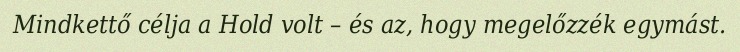
Mindkettő célja a Hold volt – és az, hogy megelőzzék egymást.